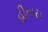
હીતાય